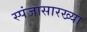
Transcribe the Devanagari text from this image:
स्पंजासारख्या